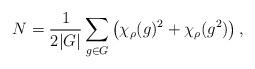
LaTeX: \begin{align*} N=\frac{1}{2|G|}\sum_{g\in G}\left(\chi_{\rho}(g)^2+\chi_{\rho}(g^2)\right),\end{align*}